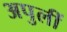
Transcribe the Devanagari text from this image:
अपुलीं